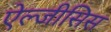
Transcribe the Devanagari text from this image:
ऐल्जीसिस